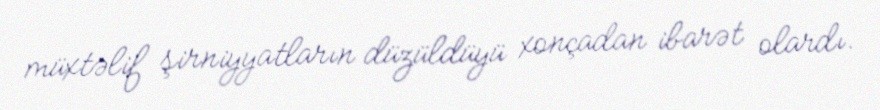
müxtəlif şirniyyatların düzüldüyü xonçadan ibarət olardı.